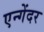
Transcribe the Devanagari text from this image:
एन्गेंदर